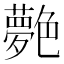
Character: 𦫰